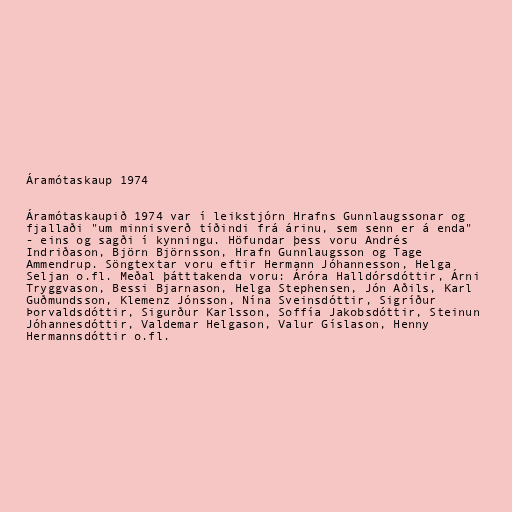
Áramótaskaup 1974

Áramótaskaupið 1974 var í leikstjórn Hrafns Gunnlaugssonar og
fjallaði "um minnisverð tíðindi frá árinu, sem senn er á enda"
- eins og sagði í kynningu. Höfundar þess voru Andrés
Indriðason, Björn Björnsson, Hrafn Gunnlaugsson og Tage
Ammendrup. Söngtextar voru eftir Hermann Jóhannesson, Helga
Seljan o.fl. Meðal þátttakenda voru: Áróra Halldórsdóttir, Árni
Tryggvason, Bessi Bjarnason, Helga Stephensen, Jón Aðils, Karl
Guðmundsson, Klemenz Jónsson, Nína Sveinsdóttir, Sigríður
Þorvaldsdóttir, Sigurður Karlsson, Soffía Jakobsdóttir, Steinun
Jóhannesdóttir, Valdemar Helgason, Valur Gíslason, Henny
Hermannsdóttir o.fl.